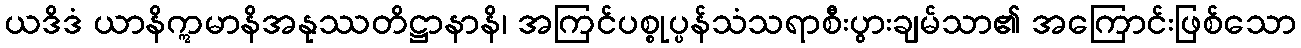
ယဒိဒံ ယာနိဣမာနိအနုဿတိဋ္ဌာနာနိ၊ အကြင်ပစ္စုပ္ပန်သံသရာစီးပွားချမ်သာ၏ အကြောင်းဖြစ်သော